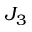
J _ { 3 }